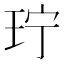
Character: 𬍜